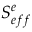
S _ { e f f } ^ { e }